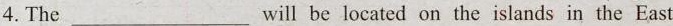
4.The ___will be located on the islands in the East